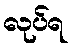
လုပ်ရ